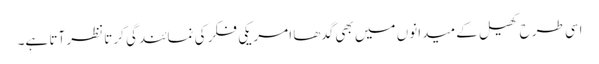
اسی طرح کھیل کے میدانوں میں بھی گدھا امریکی فکر کی نمائندگی کرتا نظر آتا ہے۔